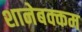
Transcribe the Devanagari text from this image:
शानेबक्कम